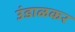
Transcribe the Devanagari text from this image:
उंडाळकर